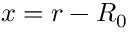
x = r - R _ { 0 }